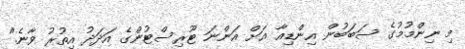
މި ނިންމުމުގެ ސަބަބުން އިންޑިއާ އަށް އަންނަ ޓޫރިސްޓުންގެ އަދަދު އިތުރު ވާނެ."